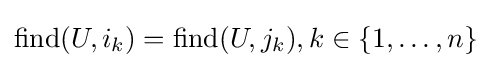
\mathrm {find} (U,i_{k})=\mathrm {find} (U,j_{k}),k\in \{1,\ldots ,n\}